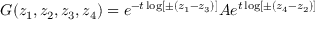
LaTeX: G ( z _ { 1 } , z _ { 2 } , z _ { 3 } , z _ { 4 } ) = e ^ { - t \log [ \pm ( z _ { 1 } - z _ { 3 } ) ] } A e ^ { t \log [ \pm ( z _ { 4 } - z _ { 2 } ) ] }